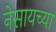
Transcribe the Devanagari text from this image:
नेसायच्या